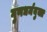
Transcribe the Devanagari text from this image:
गुणधर्मयुक्त